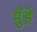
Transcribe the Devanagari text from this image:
मुँहे